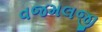
વજમલજી